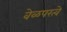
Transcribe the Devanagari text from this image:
वेळपरत्वे